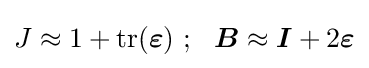
J\approx 1+\operatorname {tr} ({\boldsymbol {\varepsilon }})~;~~{\boldsymbol {B}}\approx {\boldsymbol {I}}+2{\boldsymbol {\varepsilon }}